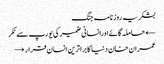
بشکریہ روزنامہ جنگ
← حاملہ گائےاورانسانی ضمیر کی یورپ سے ٹکر
عمران خان دنیا کا براترین انسان قرار →